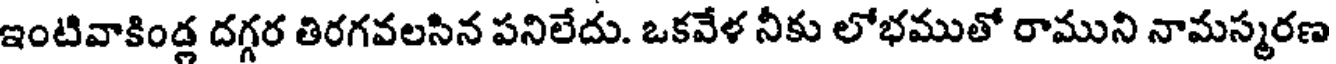
ఇంటివాకిండ్ల దగ్గర తిరగవలసిన పనిలేదు. ఒకవేళ నీకు లోభముతో రాముని నామస్మరణ